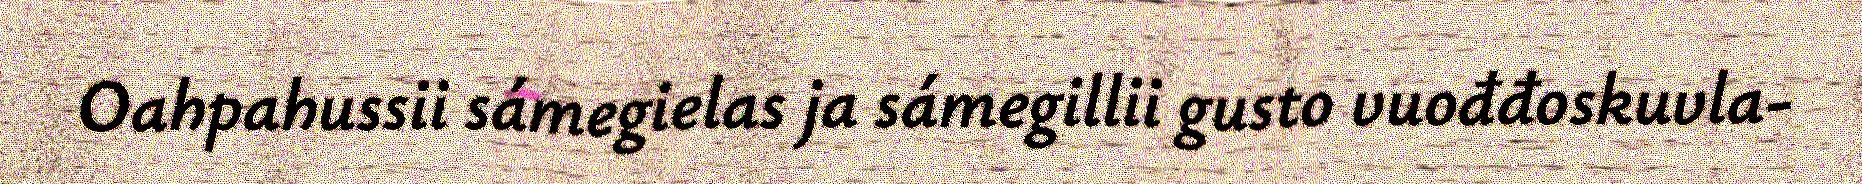
Oahpahussii sámegielas ja sámegillii gusto vuođđoskuvla-